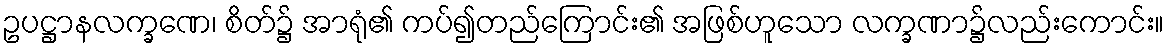
ဥပဋ္ဌာနလက္ခဏေ၊ စိတ်၌ အာရုံ၏ ကပ်၍တည်ကြောင်း၏ အဖြစ်ဟူသော လက္ခဏာ၌လည်းကောင်း။